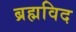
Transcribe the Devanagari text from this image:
ब्रह्मविद